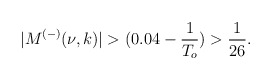
\begin{align*}|M^{(-)}(\nu,k)|>(0.04-\frac{1}{T_o})>\frac{1}{26}.\end{align*}